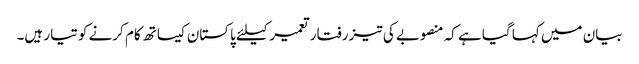
بیان میں کہا گیا ہے کہ منصوبے کی تیز رفتار تعمیر کیلئے پاکستان کیساتھ کام کرنے کو تیار ہیں۔